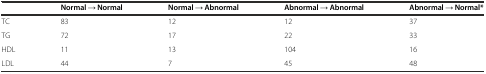
|  | Normal → Normal | Normal → Abnormal | Abnormal → Abnormal | Abnormal → Normal* |
 | --- | --- | --- | --- | --- |
 | TC | 83 | 12 | 12 | 37 |
 | TG | 72 | 17 | 22 | 33 |
 | HDL | 11 | 13 | 104 | 16 |
 | LDL | 44 | 7 | 45 | 48 |